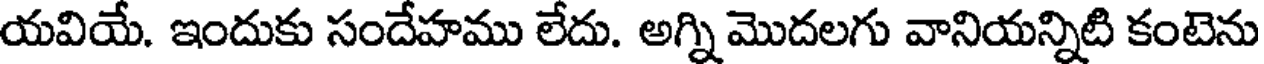
యవియే. ఇందుకు సందేహము లేదు. అగ్ని మొదలగు వానియన్నిటి కంటెను